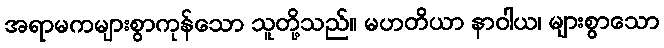
အရာမကများစွာကုန်သော သူတို့သည်။ မဟတိယာ နာဝါယ၊ များစွာသော